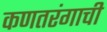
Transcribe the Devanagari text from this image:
कणतरंगाची